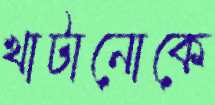
খাটানোকে